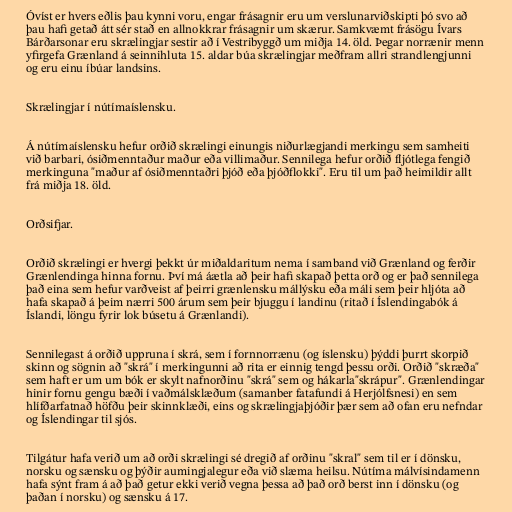
Óvíst er hvers eðlis þau kynni voru, engar frásagnir eru um verslunarviðskipti þó svo að
þau hafi getað átt sér stað en allnokkrar frásagnir um skærur. Samkvæmt frásögu Ívars
Bárðarsonar eru skrælingjar sestir að í Vestribyggð um miðja 14. öld. Þegar norrænir menn
yfirgefa Grænland á seinnihluta 15. aldar búa skrælingjar meðfram allri strandlengjunni
og eru einu íbúar landsins.

Skrælingjar í nútímaíslensku.

Á nútímaíslensku hefur orðið skrælingi einungis niðurlægjandi merkingu sem samheiti
við barbari, ósiðmenntaður maður eða villimaður. Sennilega hefur orðið fljótlega fengið
merkinguna "maður af ósiðmenntaðri þjóð eða þjóðflokki". Eru til um það heimildir allt
frá miðja 18. öld.

Orðsifjar.

Orðið skrælingi er hvergi þekkt úr miðaldaritum nema í samband við Grænland og ferðir
Grænlendinga hinna fornu. Því má áætla að þeir hafi skapað þetta orð og er það sennilega
það eina sem hefur varðveist af þeirri grænlensku mállýsku eða máli sem þeir hljóta að
hafa skapað á þeim nærri 500 árum sem þeir bjuggu í landinu (ritað í Íslendingabók á
Íslandi, löngu fyrir lok búsetu á Grænlandi).

Sennilegast á orðið uppruna í skrá, sem í fornnorrænu (og íslensku) þýddi þurrt skorpið
skinn og sögnin að "skrá" í merkingunni að rita er einnig tengd þessu orði. Orðið "skræða"
sem haft er um um bók er skylt nafnorðinu "skrá" sem og hákarla"skrápur". Grænlendingar
hinir fornu gengu bæði í vaðmálsklæðum (samanber fatafundi á Herjólfsnesi) en sem
hlífðarfatnað höfðu þeir skinnklæði, eins og skrælingjaþjóðir þær sem að ofan eru nefndar
og Íslendingar til sjós.

Tilgátur hafa verið um að orði skrælingi sé dregið af orðinu "skral" sem til er í dönsku,
norsku og sænsku og þýðir aumingjalegur eða við slæma heilsu. Nútíma málvísindamenn
hafa sýnt fram á að það getur ekki verið vegna þessa að það orð berst inn í dönsku (og
þaðan í norsku) og sænsku á 17.